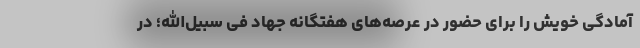
آمادگی خویش را برای حضور در عرصه‌های هفتگانه جهاد فی سبیل‌الله؛ در